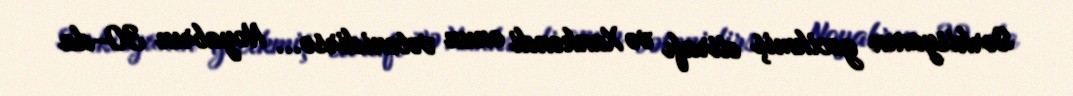
Sərkisyanın gecikmiş etirafı və Xankəndi onun vətənidirsə... Noyabrın 30-da